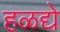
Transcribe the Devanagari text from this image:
हळद्ये